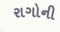
રાગોની